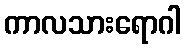
ကာလသားရောဂါ